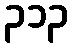
၃၁၃